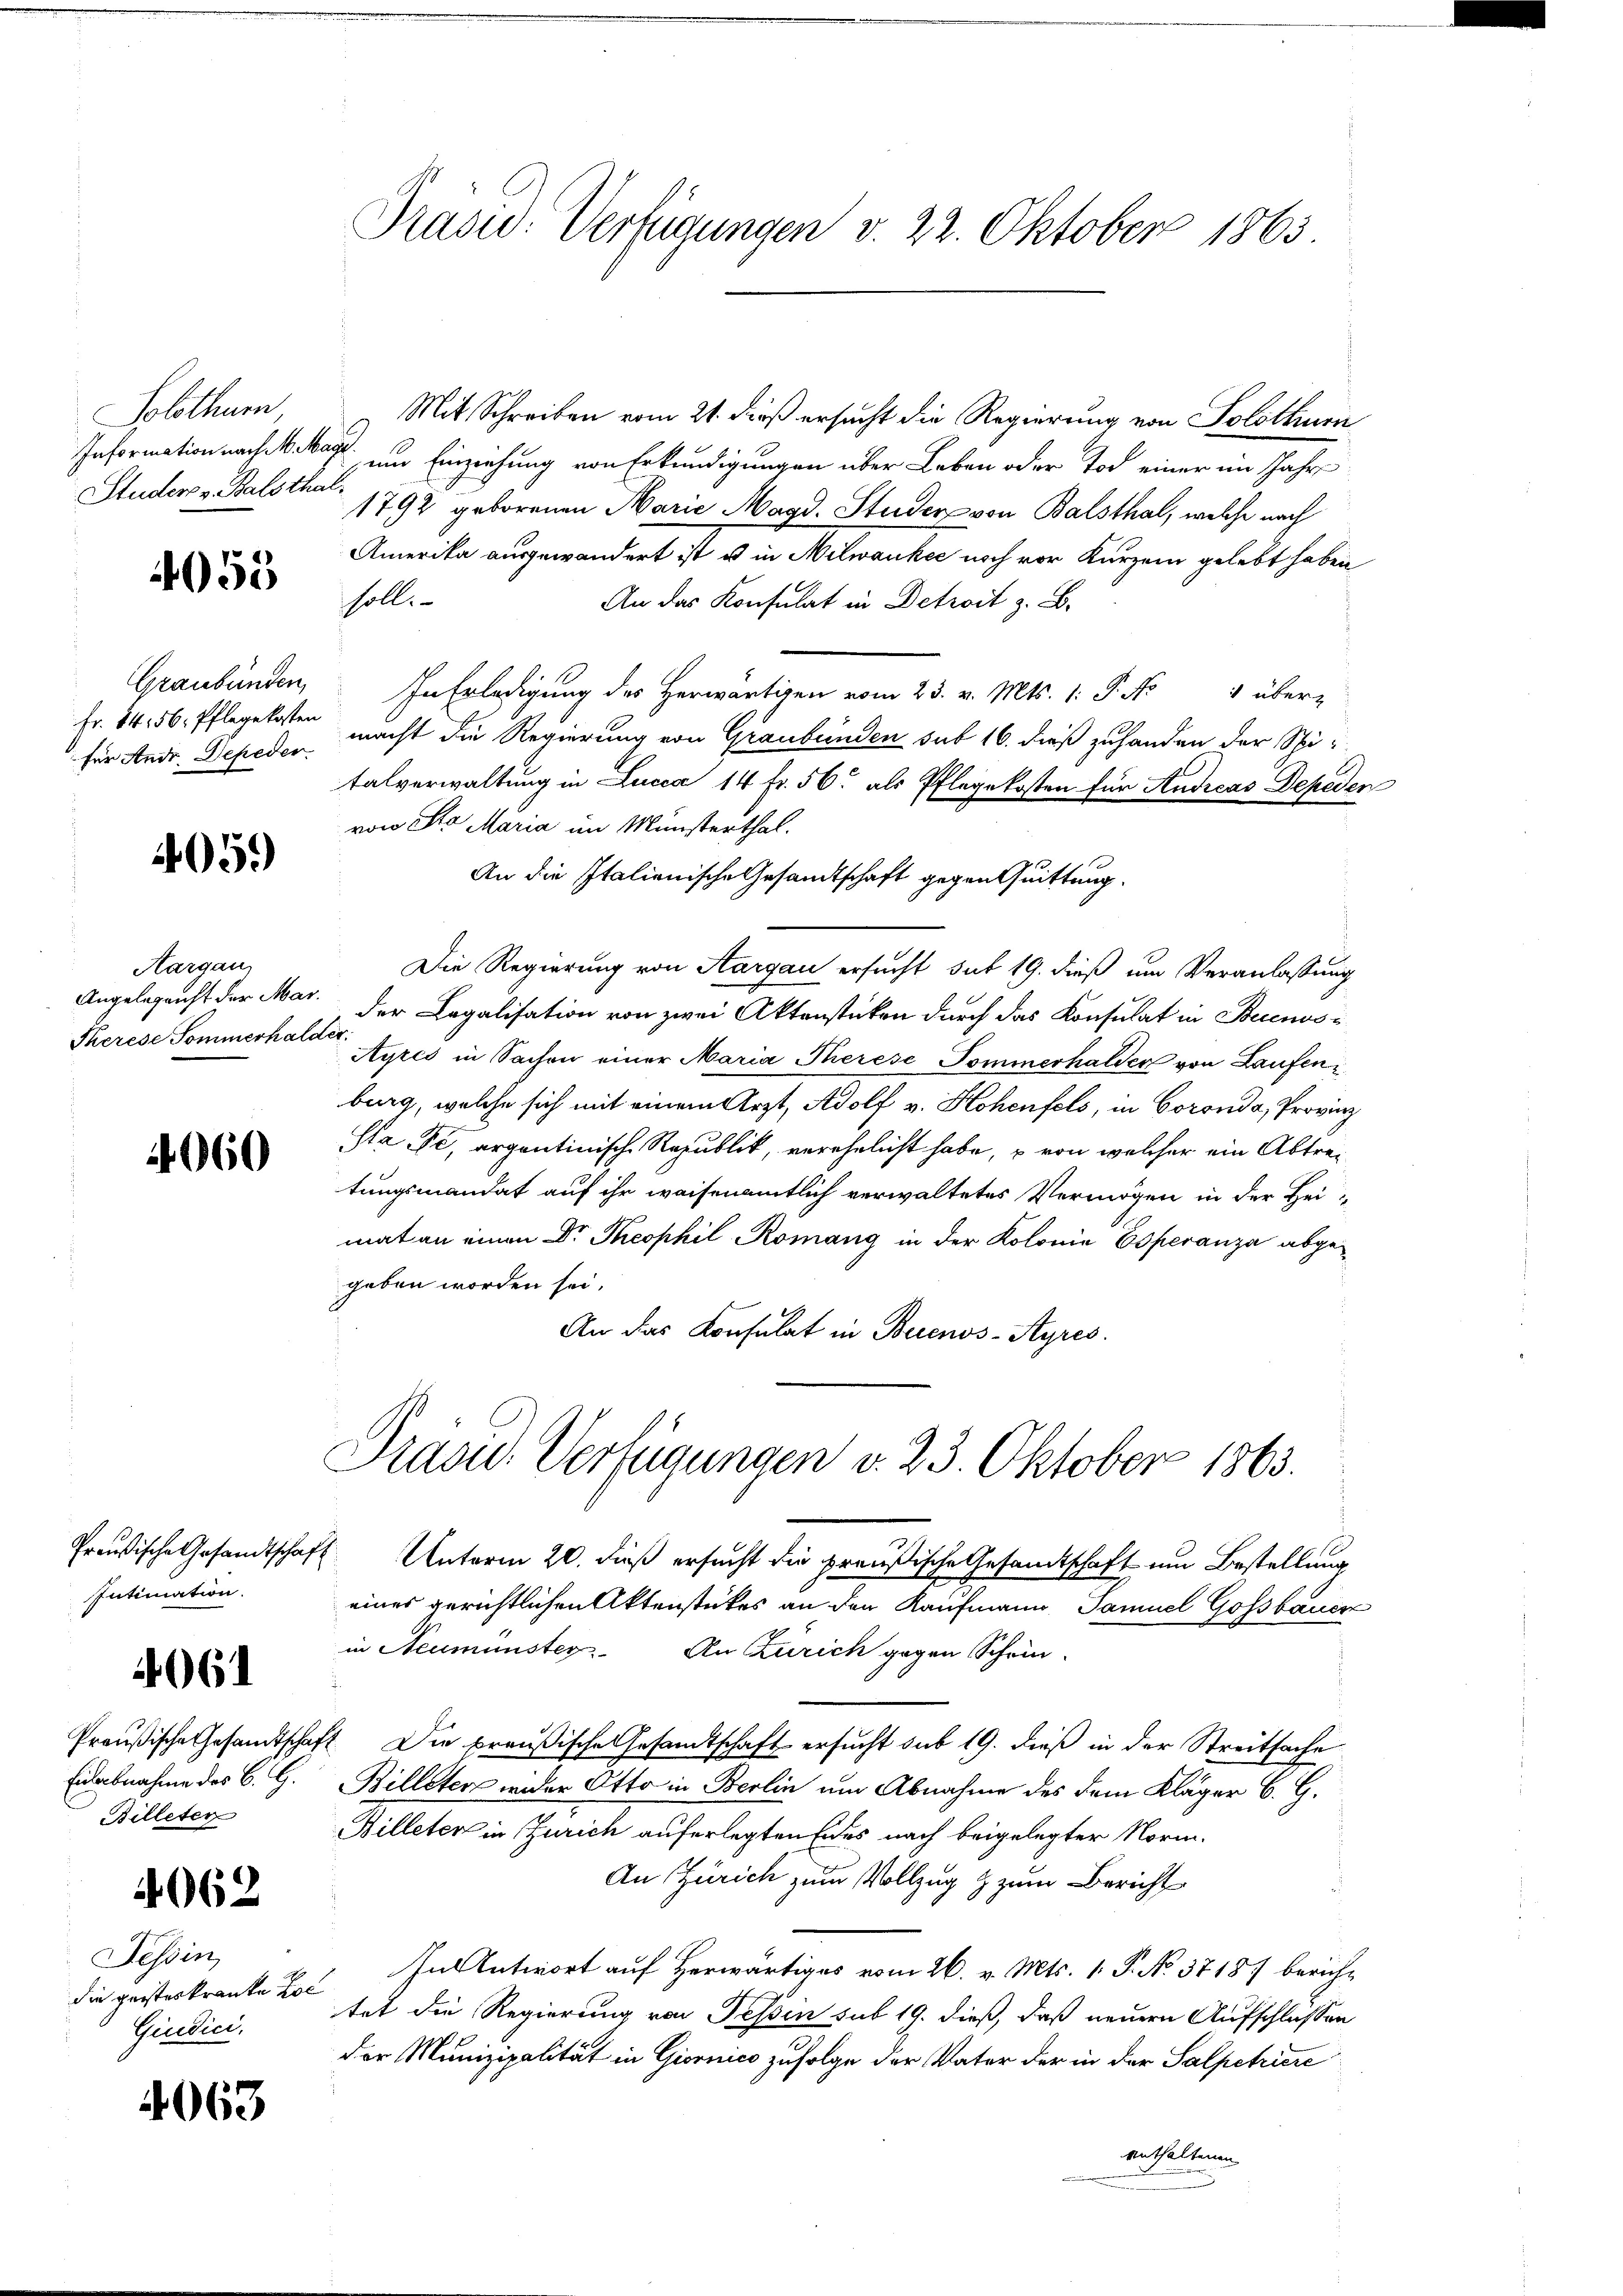
Solothur
Studer v. Balsthal.

4055

Fr. 14, 56. Pflegekosten

4059

Aargau,
Therese Sommerhalder,

060

Intimation.

4061

Eidabnahme des B. G.
Billeten

1062

Tessin,
die geisteskranke Ho¬
Giudici,

4063

Mit Schreiben vom 21. dieß ersucht die Regierung von Solothurn
Information nach M. an und Einziehung von Erkundigungen über Leben oder Tod einer im Jahre
1792 geborenen Marie Magd. Studer von Balsthal, welche nach
Amerika ausgewandert ist u in Milwankee noch vor Kurzem gelebt haben
soll.
An das Konsulat in Detrost z. B.
Graubünden. In Erledigung des Herwärtigen vom 23. v. Mts. 1. P. No 4 über-
für Andr. Depeden macht die Regierung von Graubünden sub 16. dieß zuhanden der Spitalverwaltung in Lucca 14 Fr. 56. als Pflegekosten für Andreas Depeden
von Sto Maria im Münsterthal.
An die Italienische Gesandtschaft gegen Quittung.
Die Regierung von Aargau ersucht sub 19. dieß um Veranlassung
Angelegenst der Mar. Der Legalisation von zwei Aktenstücken durch das Konsulat in Becensi
Ayres in Sachen einer Maria Therese Pommerhalder von Laufen
burg, welche sich mit einem Arzt, Adolf v. Hohenfels, in Coronda, Provinz
Sta Fe, argentinische Republik, verehelicht habe, u von welcher ein Abtretungsmandat auf ihr weisenamtlich verwaltetes Vermögen in der Heimat an einen Dr Theophil Romang in der Kolonia Esperanza abgegeben worden sei.
An das Konsulat in Buenos-Ayres.

Präsid.: Verfügungen v. 22. Oktober 1865

Präsid.. Verfügungen v. 23. Oktober 1863.

Preußische Gesandtschaft Unterm 20. dieß ersucht die preußische Gesandtschaft um Bestellung
eines gerichtlichen Aktenstückes an den Kaufmann Samuel Gossbauer
in Neumünster. An Zürich gegen Schein
Preußische Gesandtschaft. Die preußische Gesandtschaft ersucht sub 19. dieß in der Streitsache
Billeter wider Otto in Berlin um Abnahme des dem Kläger B. G.
Billeter in Zürich auferlegten Erdes nach beigelegter Norm¬
An Zürich zum Vollzug & zum Bericht
In Antwort auf herwärtiges vom 26. v. Mts. 1. P. No. 3718/ beriche
tet die Regierung von Tessin sub 19. dieß, daß neuern Aufschlossen
der Munizipalität in Giornico zufolge der Vater der in der Salpetriere
enthaltenen